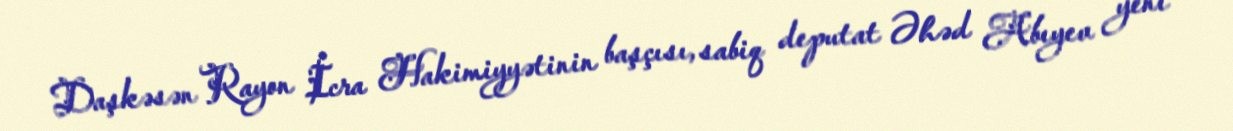
Daşkəsən Rayon İcra Hakimiyyətinin başçısı, sabiq deputat Əhəd Abıyev yeni